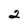
Character: 2